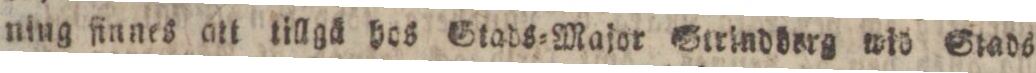
ning finnes att tillgä hos Stads= Major Strinddarg wid Stad6